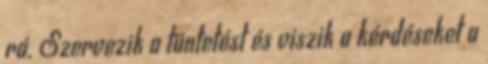
rá. Szervezik a tüntetést és viszik a kérdéseket a